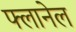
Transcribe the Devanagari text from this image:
फ्लानेल